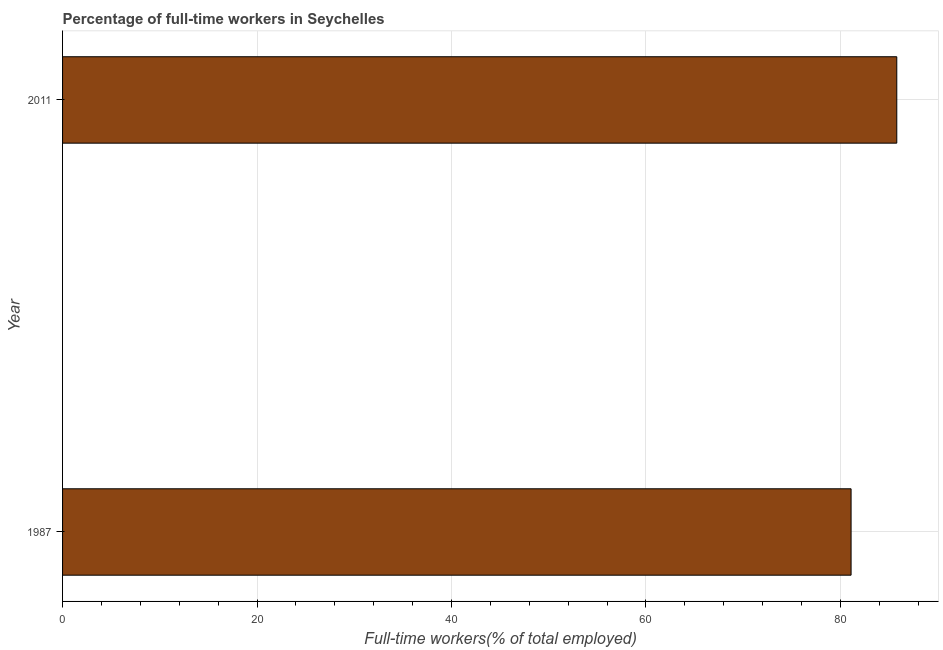
| Year | Wage and salaried workers |
 | --- | --- |
 | 1987 | 81.1 |
 | 2011 | 85.8 |